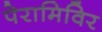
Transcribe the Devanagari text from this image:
पेरामिविर